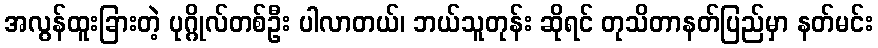
အလွန်ထူးခြားတဲ့ ပုဂ္ဂိုလ်တစ်ဦး ပါလာတယ်၊ ဘယ်သူတုန်း ဆိုရင် တုသိတာနတ်ပြည်မှာ နတ်မင်း